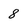
Character: 8